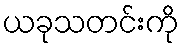
ယခုသတင်းကို